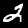
Label: 2